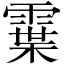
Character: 𩄓